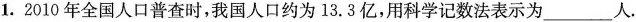
1.2010年全国人口普查时，我国人口约为13.3亿，用科学记数法表示为___人。